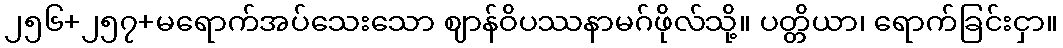
၂၅၆+၂၅၇+မရောက်အပ်သေးသော ဈာန်ဝိပဿနာမဂ်ဖိုလ်သို့။ ပတ္တိယာ၊ ရောက်ခြင်းငှာ။